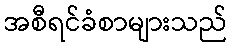
အစီရင်ခံစာများသည်